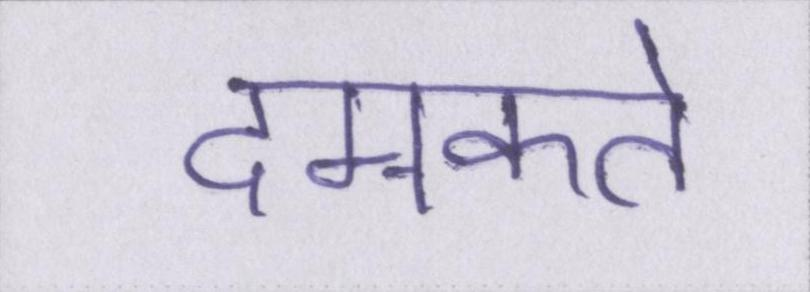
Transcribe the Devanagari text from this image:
दमकते